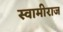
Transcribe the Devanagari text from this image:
स्वामीराज